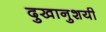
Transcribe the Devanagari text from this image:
दुखानुशयी